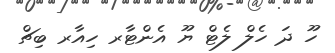
ހޫ ދަ ހެލް ލެޓް ޔޫ އެންޓާރ ހިއާރ ބިޗް